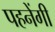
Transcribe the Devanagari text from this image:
पहनेंगी